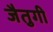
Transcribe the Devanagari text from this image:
जैतुगी